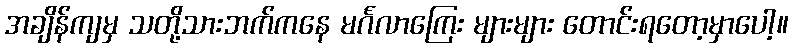
အချိန်ကျမှ သတို့သားဘက်ကနေ မင်္ဂလာကြေး များများ တောင်းရတော့မှာပေါ့။